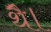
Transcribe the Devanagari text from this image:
थेै।